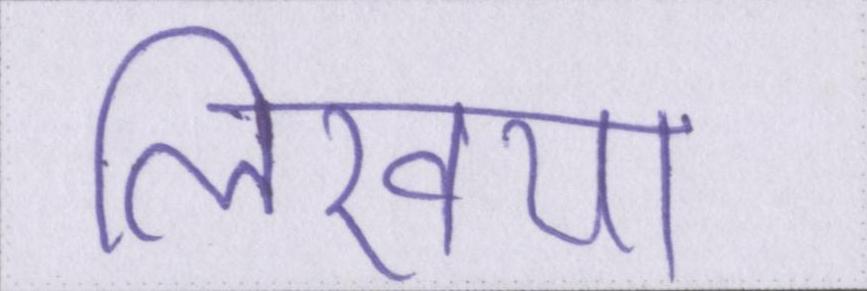
लिखिया